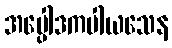
အပ္ပေါဒကပါယသေန